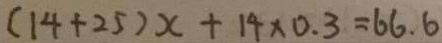
( 1 4 + 2 5 ) x + 1 4 \times 0 . 3 = 6 6 . 6